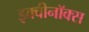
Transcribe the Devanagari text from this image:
इक्वीनॉक्स